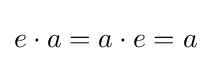
e\cdot a=a\cdot e=a